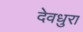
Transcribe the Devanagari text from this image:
देवधुरा